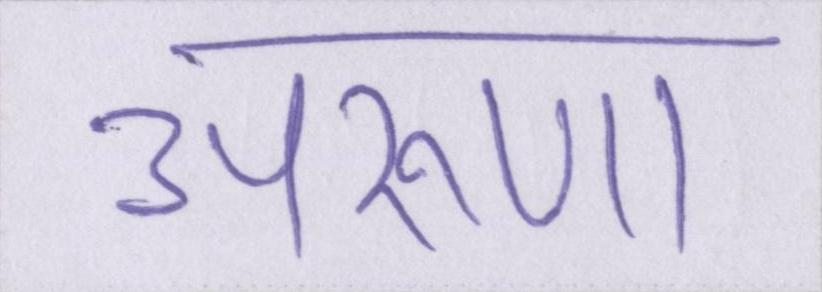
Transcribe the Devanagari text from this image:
अरूणा